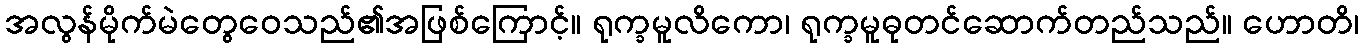
အလွန်မိုက်မဲတွေဝေသည်၏အဖြစ်ကြောင့်။ ရုက္ခမူလိကော၊ ရုက္ခမူဓုတင်ဆောက်တည်သည်။ ဟောတိ၊